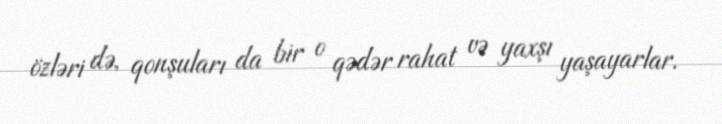
özləri də, qonşuları da bir o qədər rahat və yaxşı yaşayarlar.